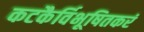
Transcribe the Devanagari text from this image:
कटकैर्विभूषितकरं